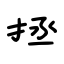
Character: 拯